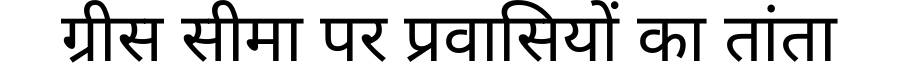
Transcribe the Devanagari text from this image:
ग्रीस सीमा पर प्रवासियों का तांता